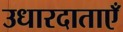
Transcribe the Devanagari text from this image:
उधारदाताएँ